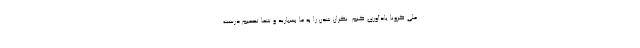
ملی کرونا یادآوری کنم. نگران شدن را به ما بسپارید و شما تصمیم درست